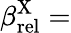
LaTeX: \beta_{\mathrm{rel}}^{\mathrm{X}}=